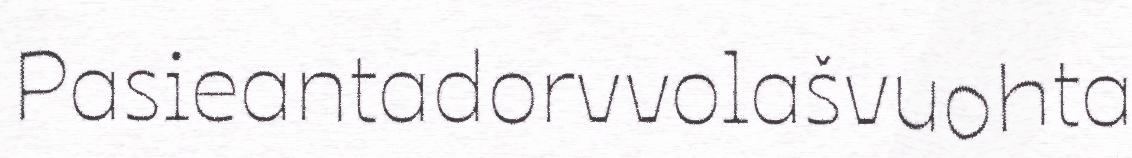
Pasieantadorvvolašvuohta